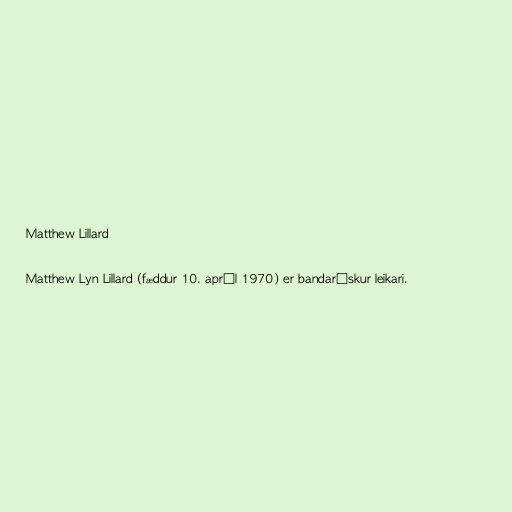
Matthew Lillard

Matthew Lyn Lillard (fæddur 10. apríl 1970) er bandarískur leikari.